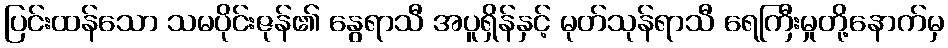
ပြင်းထန်သော သမပိုင်းဇုန်၏ နွေရာသီ အပူရှိန်နှင့် မုတ်သုန်ရာသီ ရေကြီးမှုတို့နောက်မှ